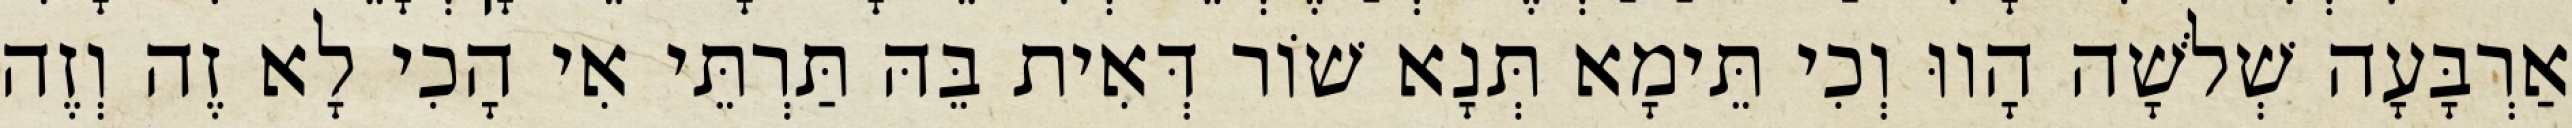
אַרְבָּעָה שְׁלֹשָׁה הָווּ וְכִי תֵּימָא תְּנָא שׁוֹר דְּאִית בֵּהּ תַּרְתֵּי אִי הָכִי לָא זֶה וְזֶה